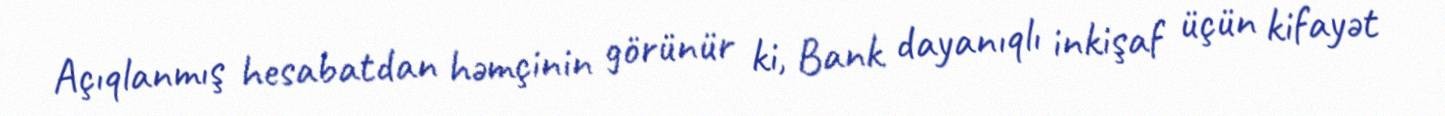
Açıqlanmış hesabatdan həmçinin görünür ki, Bank dayanıqlı inkişaf üçün kifayət